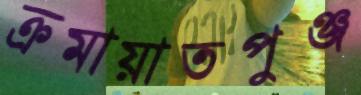
ক্রমায়াতপুঞ্জ